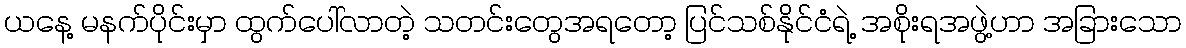
ယနေ့ မနက်ပိုင်းမှာ ထွက်ပေါ်လာတဲ့ သတင်းတွေအရတော့ ပြင်သစ်နိုင်ငံရဲ့ အစိုးရအဖွဲ့ဟာ အခြားသော